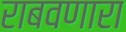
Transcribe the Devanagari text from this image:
राबवणारा